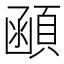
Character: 顄